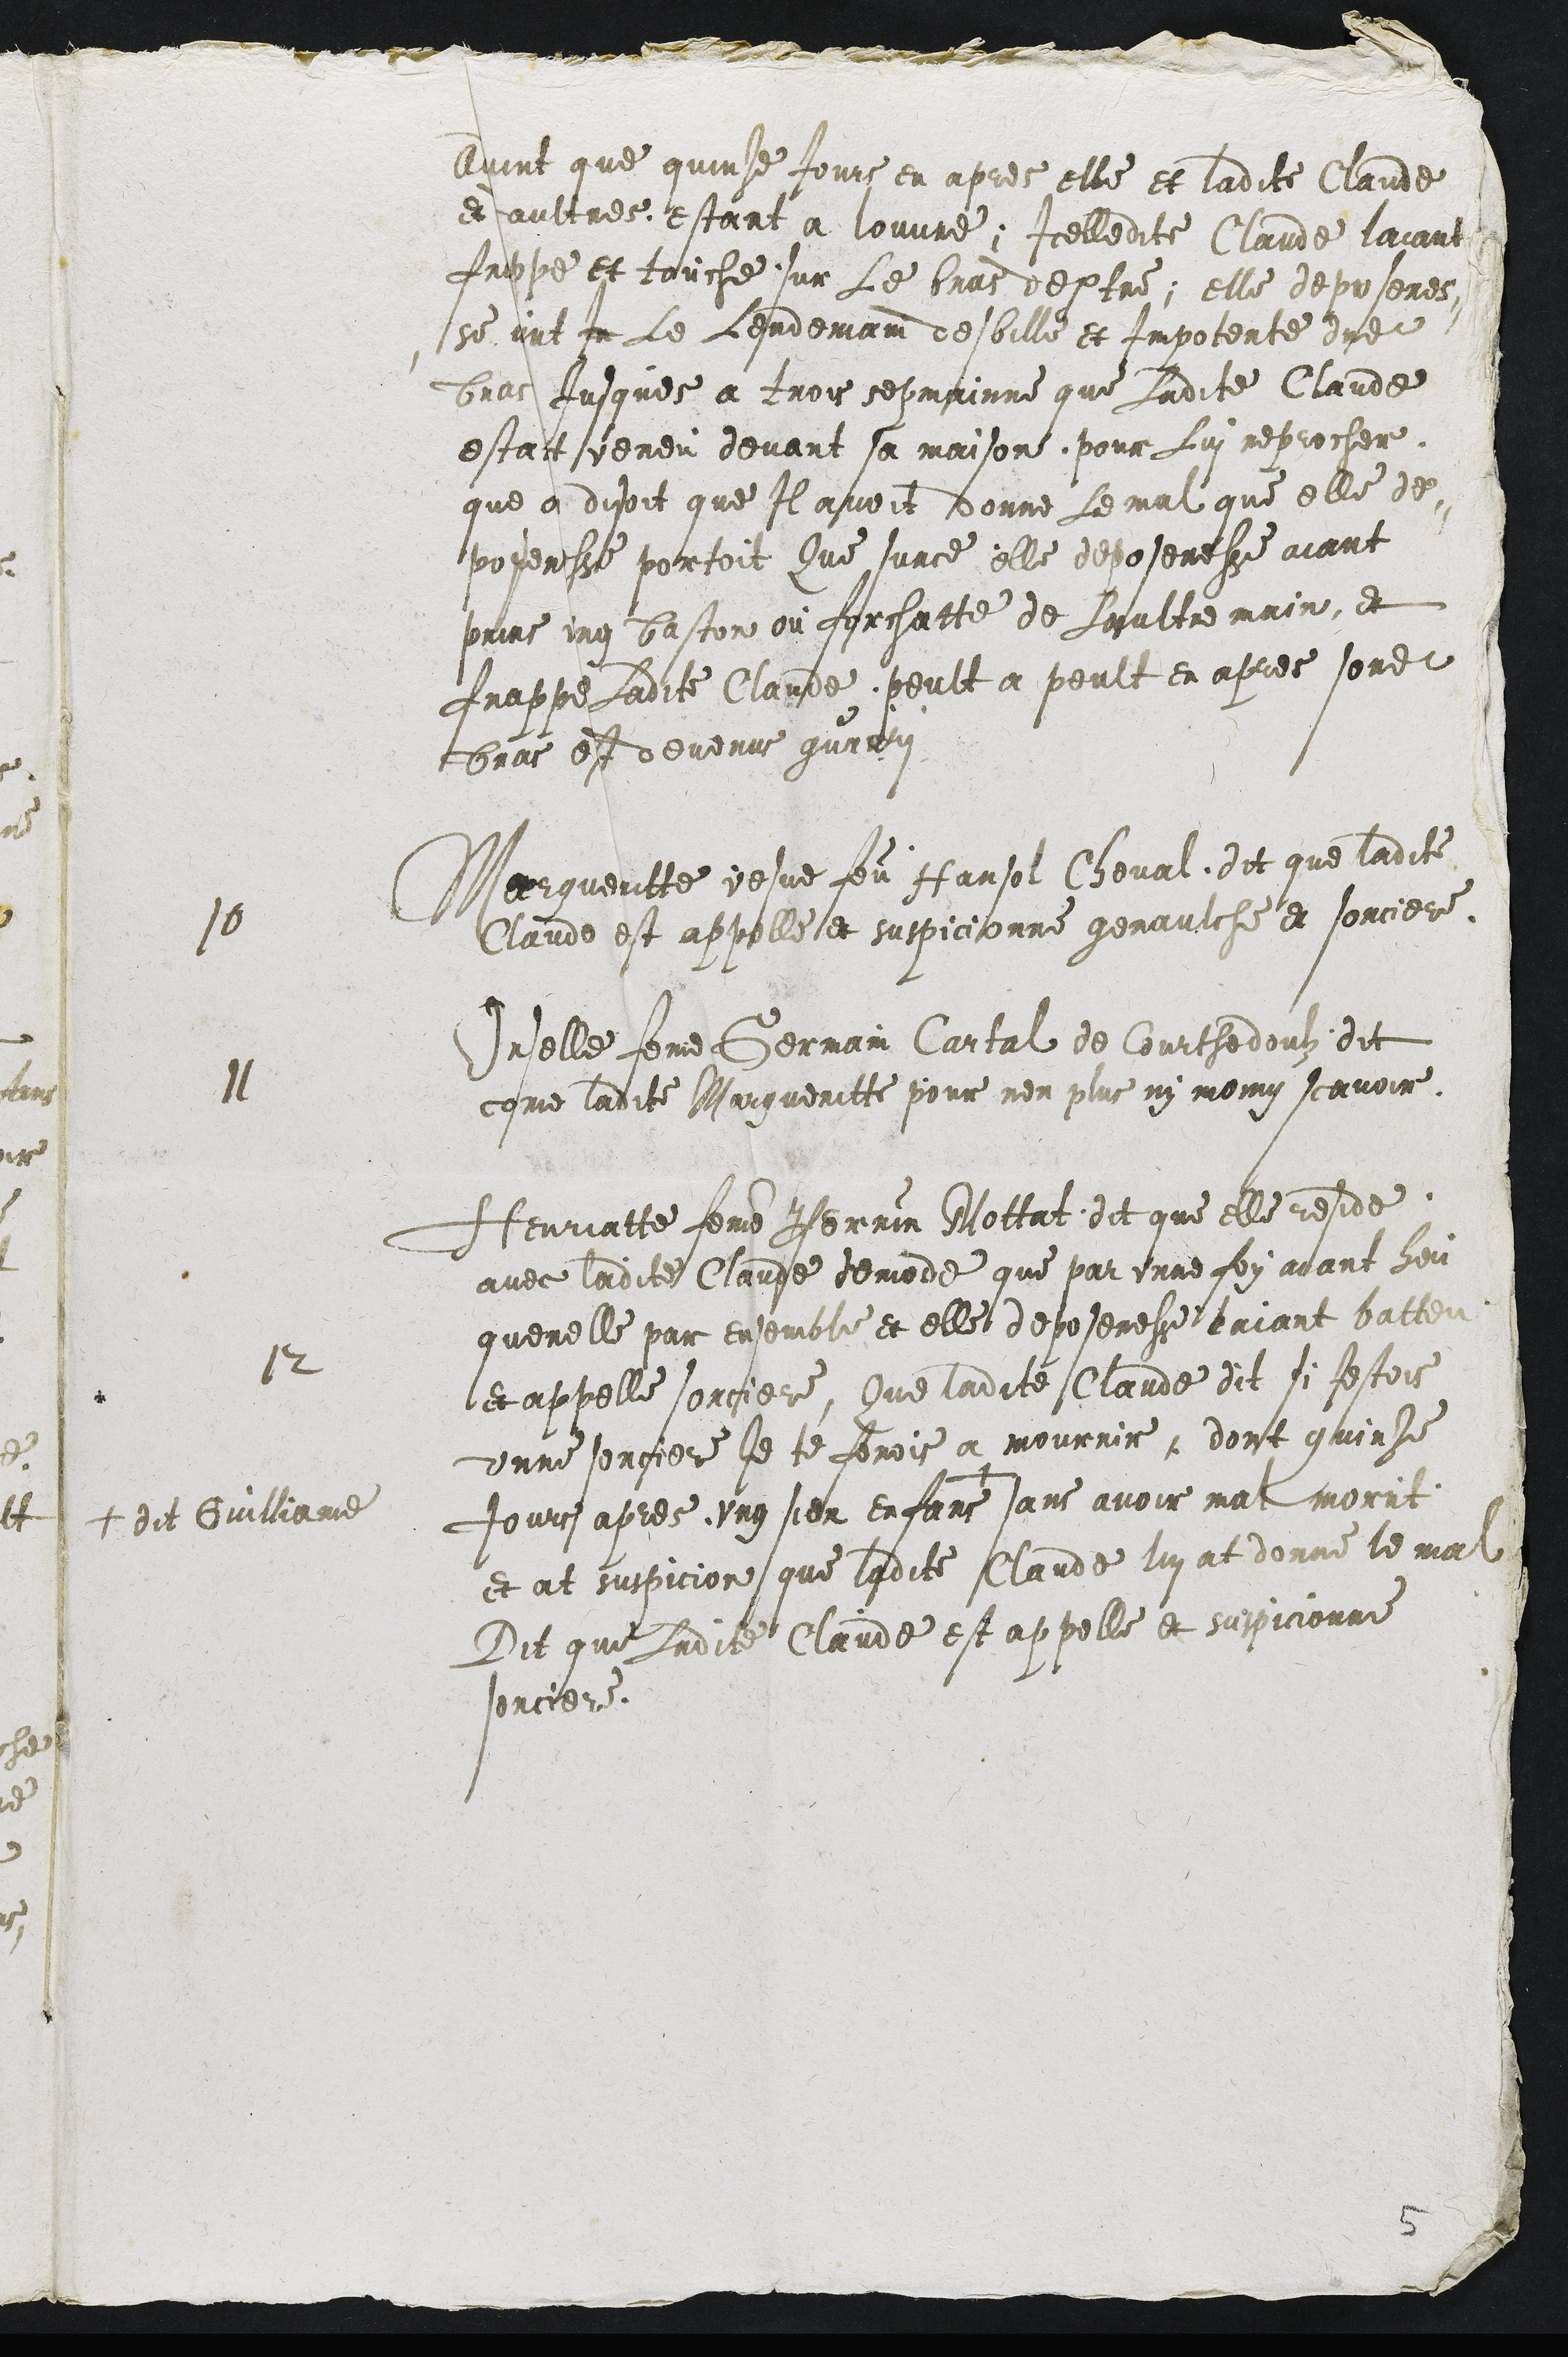
avint que quinze Jours en apres elle et ladite Claude
et aultres estant a louvre, Icelledite Claude laiant
frppe et touche sur le bras deptre, elle depusenes
se ant en Le Lendemain desbille et impotente dieit
bras Jusques a trois sepmainne que Ladite Claude
estant veneu devant sa maison, pour lui reprocher
que q disoit que Il avoit donne le mal que elle de
poyensse portoit Que surce elle deposeresse aiant
prins ung baston ou forchatte de laultre main, et
Frasse ladite Claude poult a poult e apres sondit
bras ett devenus quarri
10 Margueruitte jesve feu Hhanse Choval dit que ladite
Claude est appelle e suppicionne genautche et sorcere.
11 Vuelle feme Germain Cartal de Courthedoubz dit
come ladite Margueritte pour nen plus ny moing scavoir.
12 Htennatte fouis Pemrin Nettant et que aeresde
avec ladite Claude demode que par unne foy adant heu
querelle par enstemble et elle deposeresse taiant batteu
et appelle sorciere, Que ladite Claude dit si festois
unne sorciere Je te ferois a mourrir, dont quinze
Jours apres ung sien enfant
+ dit Guilliame
sans avoir mal morut.
et at suspicion que ladite Mlande lui at donne le mal
Dit que Ladite Claude est appelle et suspicionne
sorciere.

5